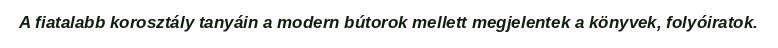
A fiatalabb korosztály tanyáin a modern bútorok mellett megjelentek a könyvek, folyóiratok.